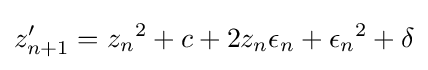
z'_{n+1}={z_{n}}^{2}+c+2z_{n}\epsilon _{n}+{\epsilon _{n}}^{2}+\delta